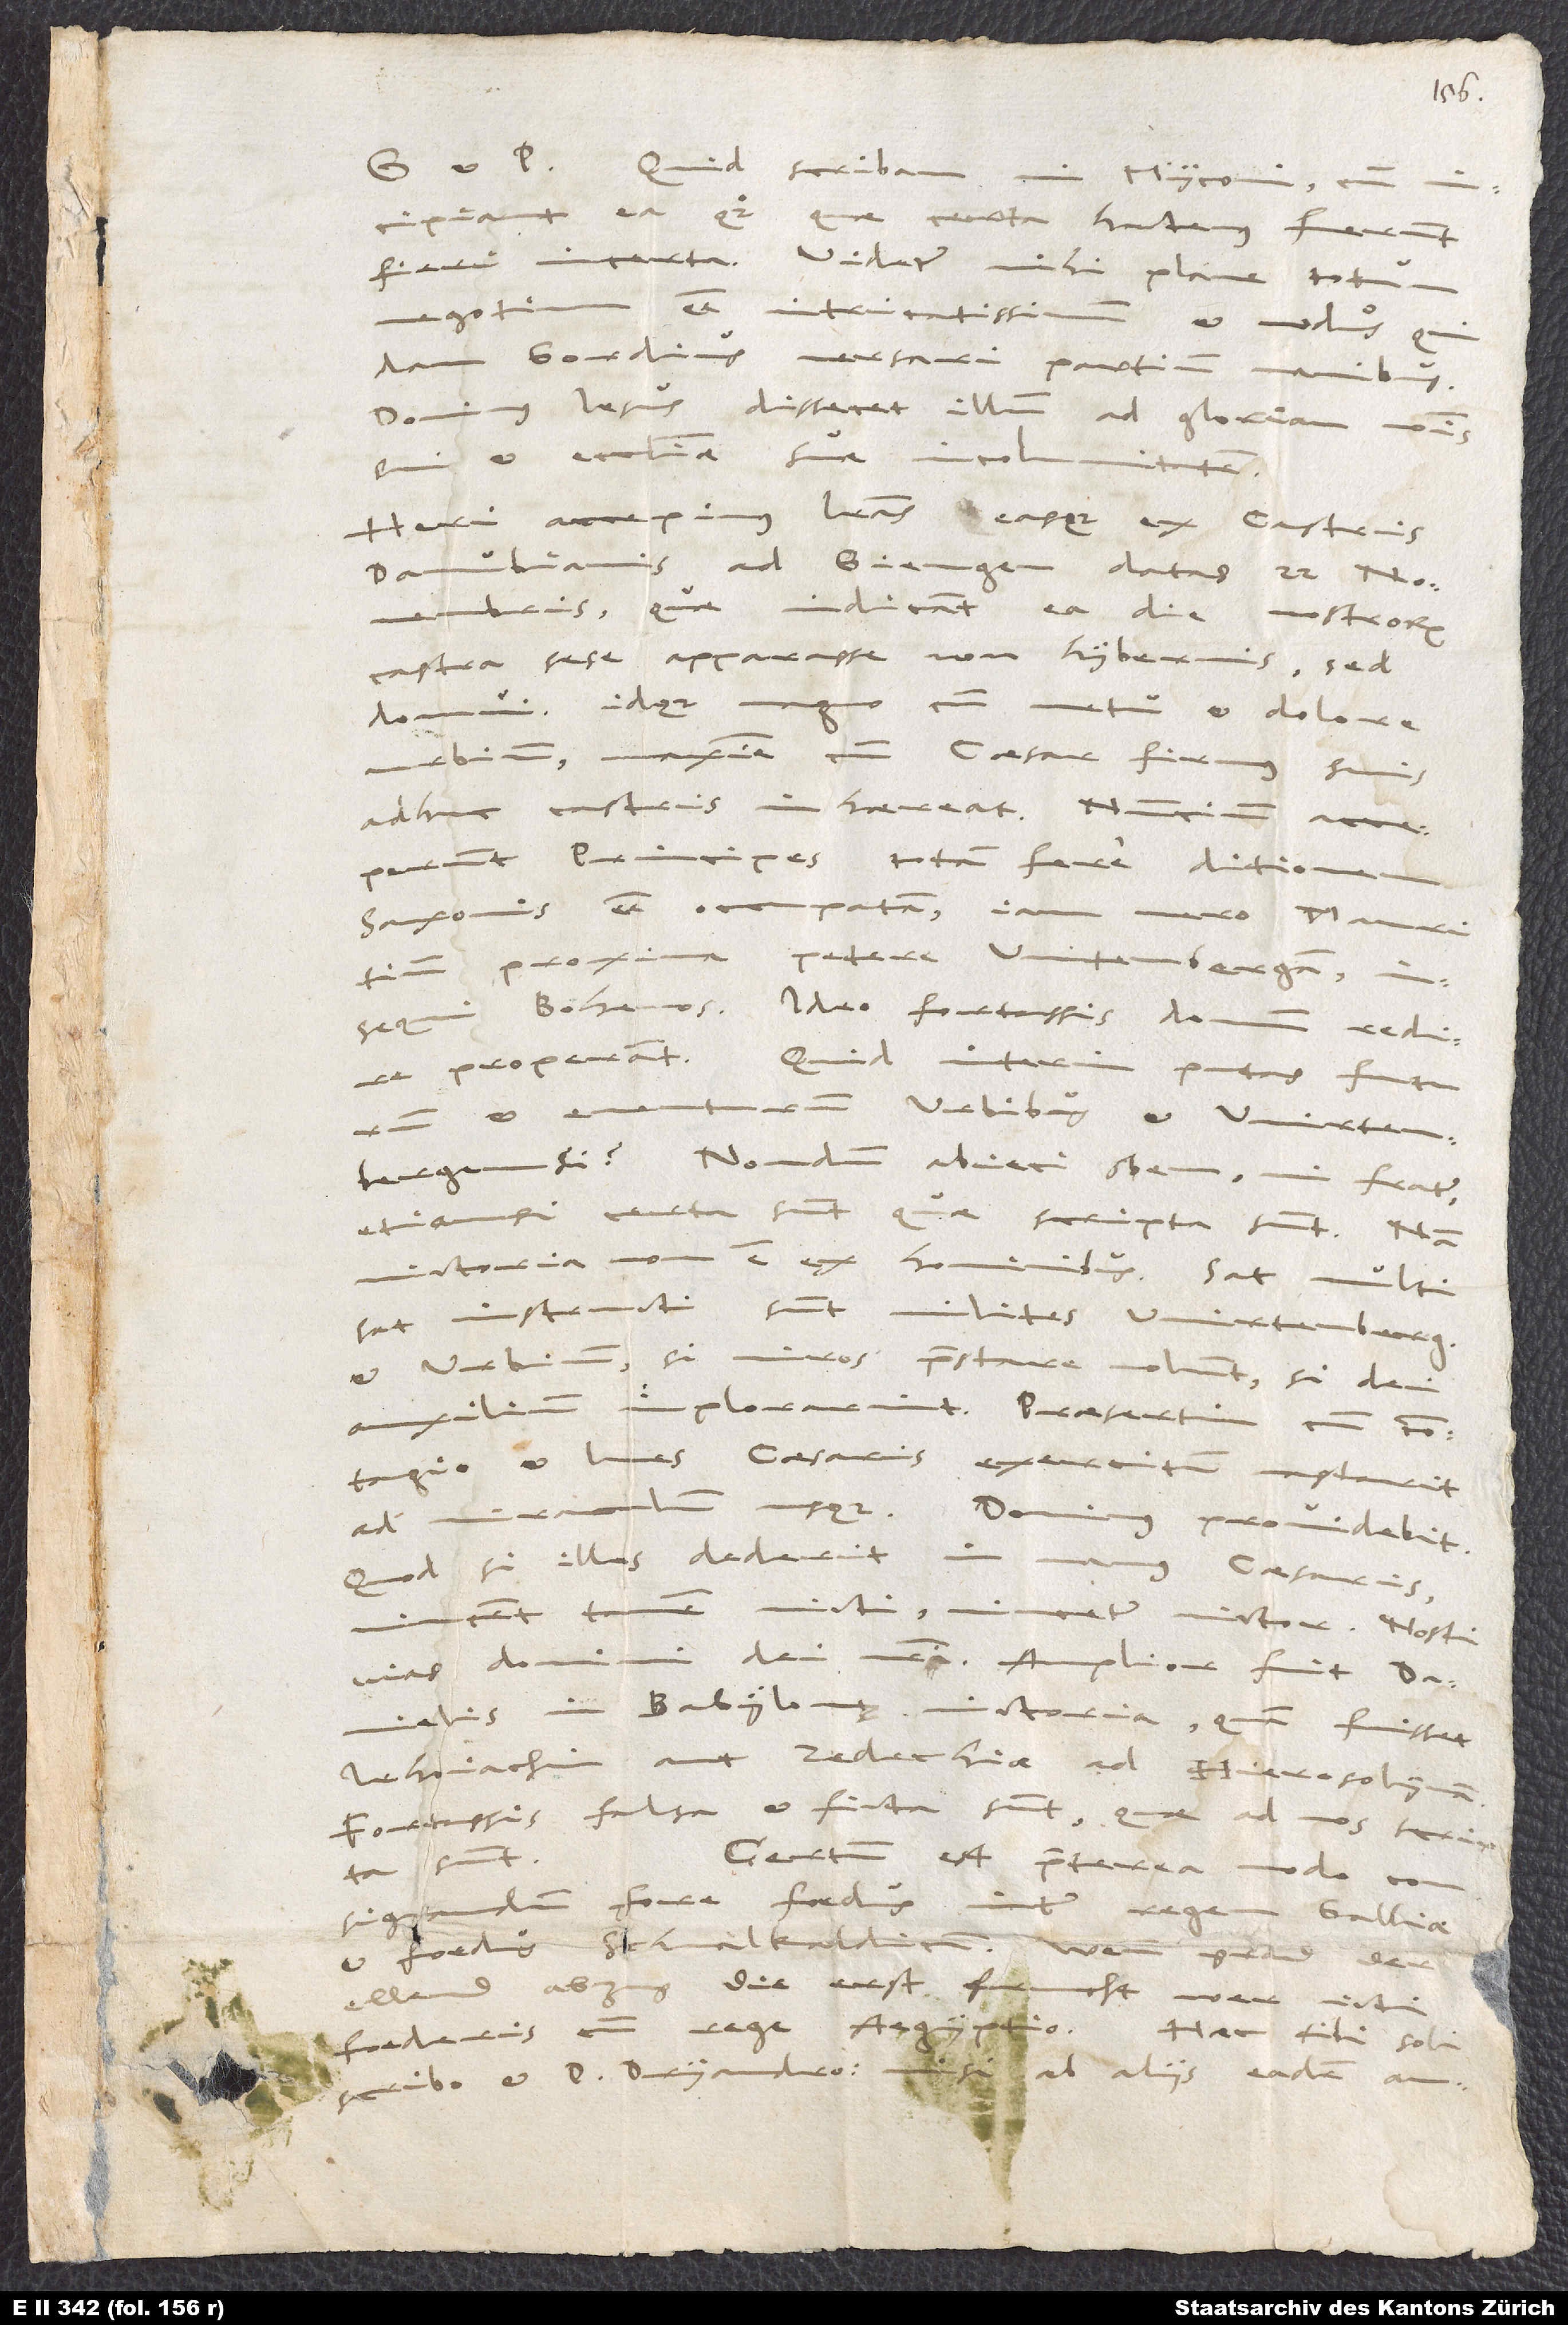
Quid scribam, mi Myconi, cum
incipiant ea quoque, quae certa hactenus fuerunt,
fieri incerta? Videtur mihi plane totum
negotium esse intricatissimum
et nodus quidam
Gordius versari partium manibus.
Dominus Iesus dissecet illum ad gloriam nominis
sui et ecclesiae suae incolumitatem!
Heri accepimus literas, easque ex castris
Danubianis ad Giengen datas 22. novembris,
quae indicant ea die nostrorum
castra sese apparasse non hibernis sed
domui, idque magno cum metu et dolore
urbium, maxime cum caesar firmus suis
adhuc castris inhaereat. Nuncium acceperunt
principes totam fere ditionem
Saxonis esse occupatam (iam vero Mauritium
proxima petere Witenbergam),
insequi Bohemos. Ideo fortassis domum redire
properant. Quid interim putas futurum
et eventurum urbibus et Wirtembergensi?
Nondum abieci spem, mi frater
(etiamsi certa sunt, quae scripta sunt), nam
victoria non est ex hominibus. Sat multi,
sat instructi sunt milites Wirtembergensis
et urbium, si viros praestare volunt, si dei
auxilium implorarint, praesertim cum contagio
et lues caesaris exercitum vastarit
miraculum usque. Dominus providebit.
ad
Quodsi illos dederit in manus caesaris,
vincent tamen victi, vincetur victor! Nosti
vias domini dei nostri! Amplior fuit Danielis
in Babylone victoria, quam fuisset
Jehoiachin aut Zedechiae ad Hierosolymam.
Fortassis falsa et ficta sunt, quae ad nos scripta
Certum est praeterea modo
sunt.
consignandum fore foedus inter regem Galliae
et foedus Schmalkaldicum.
Wenn grad der
ellend abzug die erst frucht wer icti
foederis cum rege Aegyptio?
Haec tibi soli
ab aliis eadem audieritis,
scribo et d. Dryandro. Nisi